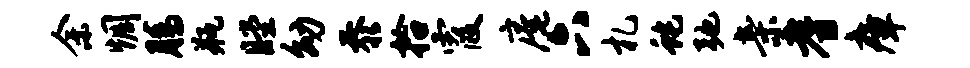
余惆腾瓶瞠幼忝拾霞庵六札蛇弛亲耆瘴